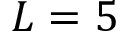
L = 5